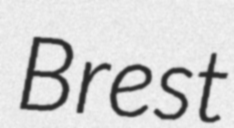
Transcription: Brest